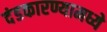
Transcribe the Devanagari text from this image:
दंडकारण्यामध्ये